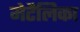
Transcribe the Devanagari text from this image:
मेटैलिका